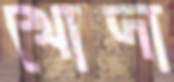
খোদা